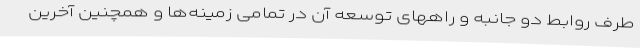
طرف روابط دو جانبه و راههای توسعه آن در تمامی زمینه‌ها و همچنین آخرین